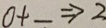
0 + \_ \Rightarrow 2